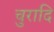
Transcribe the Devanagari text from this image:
चुरादि